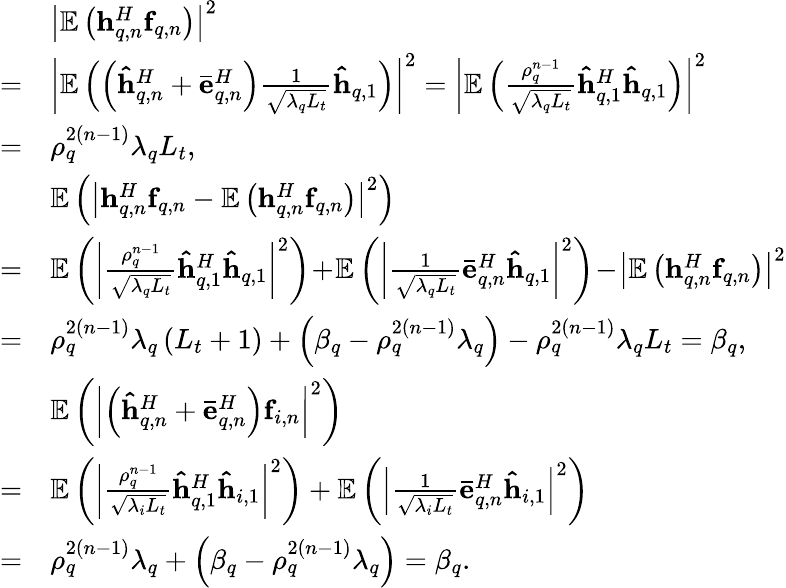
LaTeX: \begin{array}{rl}&{{\left|{{\mathbb E}\left({{\mathbf{h}}_{q,n}^{H}{{\mathbf{f}}_{q,n}}}\right)}\right|^{2}}}\\ {=}&{{\left|{{\mathbb E}\left({\left({{\mathbf{\hat{h}}}_{q,n}^{H}+{\mathbf{\bar{e}}}_{q,n}^{H}}\right)\frac{1}{{\sqrt{{\lambda_{q}}{L_{t}}}}}{{{\mathbf{\hat{h}}}}_{q,1}}}\right)}\right|^{2}}={\left|{{\mathbb E}\left({\frac{{{\rho_{q}^{n-1}}}}{{\sqrt{{\lambda_{q}}{L_{t}}}}}{\mathbf{\hat{h}}}_{q,1}^{H}{{{\mathbf{\hat{h}}}}_{q,1}}}\right)}\right|^{2}}}\\ {=}&{{\rho_{q}^{2\left({n-1}\right)}}{\lambda_{q}}{L_{t}},}\\ &{{\mathbb E}\left({{{\left|{{\mathbf{h}}_{q,n}^{H}{{\mathbf{f}}_{q,n}}-{\mathbb E}\left({{\mathbf{h}}_{q,n}^{H}{{\mathbf{f}}_{q,n}}}\right)}\right|}^{2}}}\right)}\\ {=}&{{\mathbb E}\left({{{\left|{\frac{{{\rho_{q}^{n-1}}}}{{\sqrt{{\lambda_{q}}{L_{t}}}}}{\mathbf{\hat{h}}}_{q,1}^{H}{{{\mathbf{\hat{h}}}}_{q,1}}}\right|}^{2}}}\right)\! +\! {\mathbb E}\left({{{\left|{\frac{1}{{\sqrt{{\lambda_{q}}{L_{t}}}}}{\mathbf{\bar{e}}}_{q,n}^{H}{{{\mathbf{\hat{h}}}}_{q,1}}}\right|}^{2}}}\right)\! -\! {\left|{{\mathbb E}\left({{\mathbf{h}}_{q,n}^{H}{{\mathbf{f}}_{q,n}}}\right)}\right|^{2}}}\\ {=}&{{\rho_{q}^{2\left({n-1}\right)}}{\lambda_{q}}\left({{L_{t}}+1}\right)+\left({{\beta_{q}}-{\rho_{q}^{2\left({n-1}\right)}}{\lambda_{q}}}\right)-{\rho_{q}^{2\left({n-1}\right)}}{\lambda_{q}}{L_{t}}={\beta_{q}},}\\ &{{\mathbb E}\left({{{\left|{\left({{\mathbf{\hat{h}}}_{q,n}^{H}+{\mathbf{\bar{e}}}_{q,n}^{H}}\right){{\mathbf{f}}_{i,n}}}\right|}^{2}}}\right)}\\ {=}&{{\mathbb E}\left({{{\left|{\frac{{{\rho_{q}^{n-1}}}}{{\sqrt{{\lambda_{i}}{L_{t}}}}}{\mathbf{\hat{h}}}_{q,1}^{H}{{{\mathbf{\hat{h}}}}_{i,1}}}\right|}^{2}}}\right)+{\mathbb E}\left({{{\left|{\frac{1}{{\sqrt{{\lambda_{i}}{L_{t}}}}}{\mathbf{\bar{e}}}_{q,n}^{H}{{{\mathbf{\hat{h}}}}_{i,1}}}\right|}^{2}}}\right)}\\ {=}&{{\rho_{q}^{2\left({n-1}\right)}}{\lambda_{q}}+\left({{\beta_{q}}-{\rho_{q}^{2\left({n-1}\right)}}{\lambda_{q}}}\right)={\beta_{q}}.}\end{array}